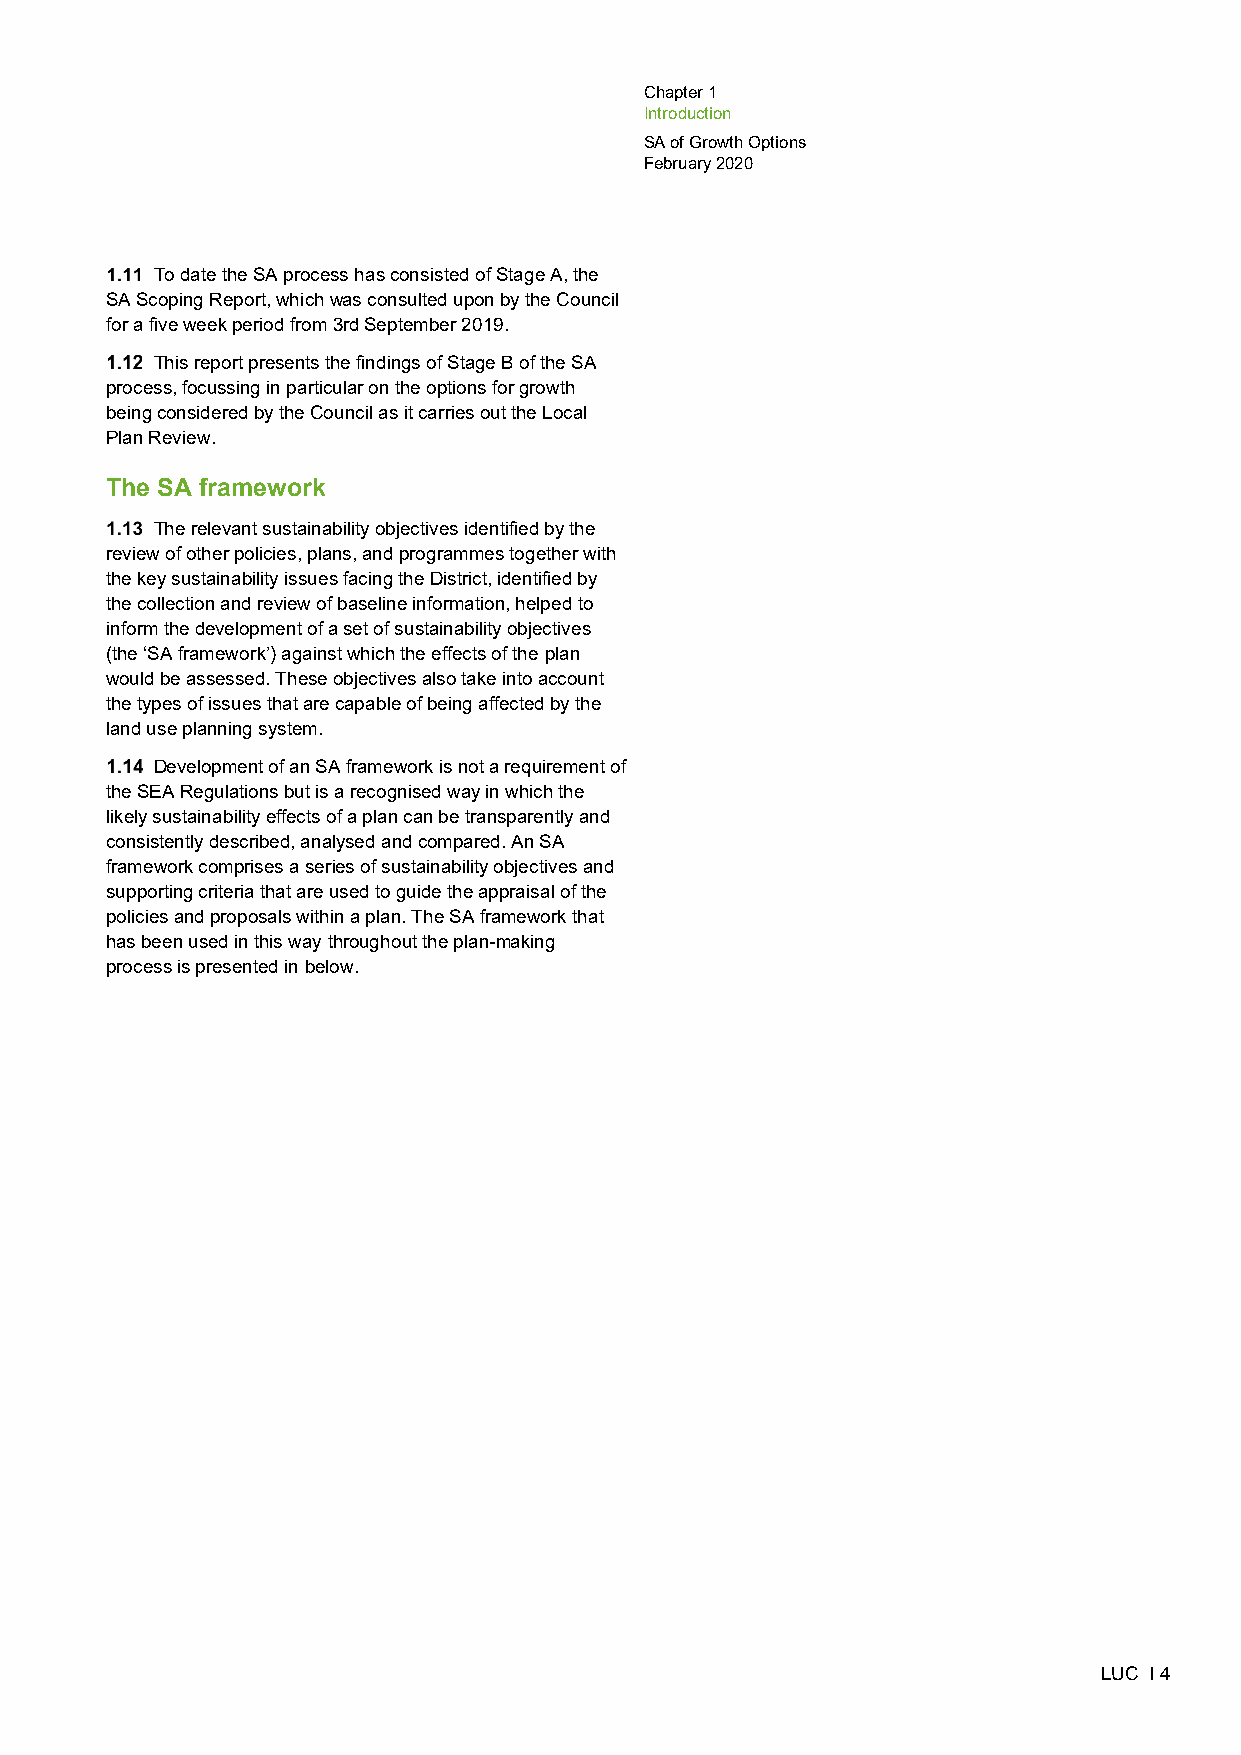
Chapter 1
 Introduction
 SA of Growth Options
 February 2020
 To date the SA process has consisted of Stage A, the
 SA Scoping Report, which was consulted upon by the Council
 for a five week period from 3rd September 2019.
 This report presents the findings of Stage B of the SA
 process, focussing in particular on the options for growth
 being considered by the Council as it carries out the Local
 Plan Review.
 The SA framework
 The relevant sustainability objectives identified by the
 review of other policies, plans, and programmes together with
 the key sustainability issues facing the District, identified by
 the collection and review of baseline information, helped to
 inform the development of a set of sustainability objectives
 (the ‘SA framework’) against which the effects of the plan
 would be assessed. These objectives also take into account
 the types of issues that are capable of being affected by the
 land use planning system.
 Development of an SA framework is not a requirement of
 the SEA Regulations but is a recognised way in which the
 likely sustainability effects of a plan can be transparently and
 consistently described, analysed and compared. An SA
 framework comprises a series of sustainability objectives and
 supporting criteria that are used to guide the appraisal of the
 policies and proposals within a plan. The SA framework that
 has been used in this way throughout the plan-making
 process is presented in below.
 LUC I 4